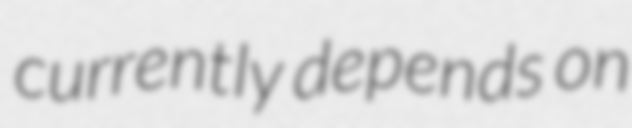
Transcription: currently depends on